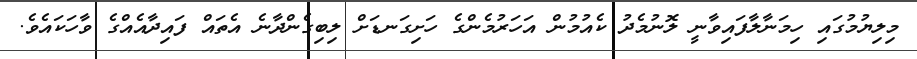
މިލިޔުމުގައި ހިމަނާލާފައިވާނީ ލޮނުމެދު ކެއުމުން އަހަރުމެންގެ ހަށިގަނޑަށް ލިބިގެންދާނެ އެތައް ފައިދާއެއްގެ ވާހަކައެވެ.